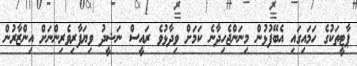
ޕާޓީތަކުގެ ހަމައިގައި އެބޭފުޅުން މިނަންޖެހިދާނެ ކަމަށް ވިދާޅުވެ ރައީސް ނަޝީދު ވިޔަފާރިވެރިންނަށް އިންޒާރުން